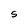
Character: S